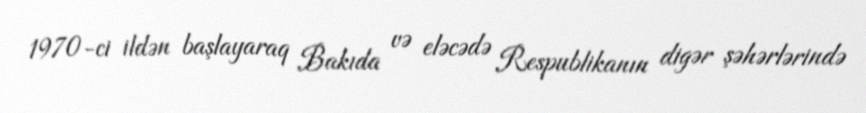
1970-ci ildən başlayaraq Bakıda və eləcədə Respublikanın digər şəhərlərində